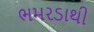
ભમરડાથી